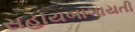
સહાયબાગાયતી